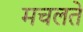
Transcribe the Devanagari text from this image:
मचलते